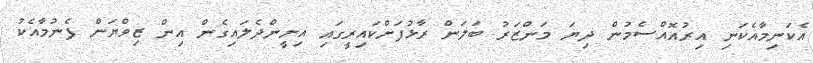
އެކަނިމާއެކަނި އިރުއޮއްސެމުން ދިޔަ މަންޒަރު ބަލަން ރާޅުފަށްކައިރީގައި އިށީންދެލައިގެން އިން ޒިވްޔަން ފެނުމާއެކު